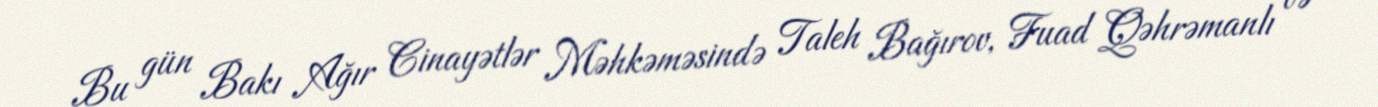
Bu gün Bakı Ağır Cinayətlər Məhkəməsində Taleh Bağırov, Fuad Qəhrəmanlı və